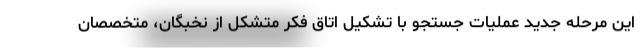
این مرحله جدید عملیات جستجو با تشکیل اتاق فکر متشکل از نخبگان، متخصصان